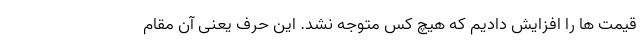
قیمت ها را افزایش دادیم که هیچ کس متوجه نشد. این حرف یعنی آن مقام